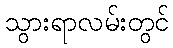
သွားရာလမ်းတွင်